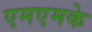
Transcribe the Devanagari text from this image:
एमएमके